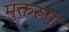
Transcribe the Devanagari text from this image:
मुक्तरूप